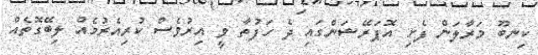
ކިނބޫ މަރާލަން ފެށި އޮޕަރޭޝަންގައި ދެ ހަފުތާ ވީ އިރުވެސް ކުރިއެރުމެއް ލިބޭގޮތެއް